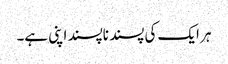
ہر ایک کی پسند ناپسند اپنی ہے۔